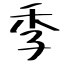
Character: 季